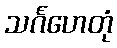
သင်္ဂဟေတုံ